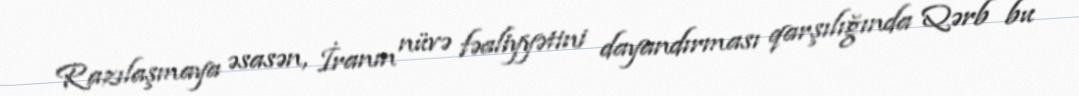
Razılaşmaya əsasən, İranın nüvə fəaliyyətini dayandırması qarşılığında Qərb bu